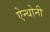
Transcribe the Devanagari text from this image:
ऐन्थोनी